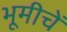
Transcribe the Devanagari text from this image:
भूमीचें